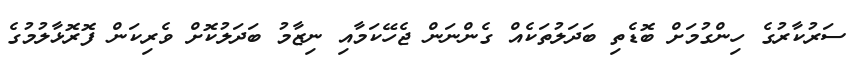
ސަރުކާރުގެ ހިންގުމަށް ބޮޑެތި ބަދަލުތަކެއް ގެންނަން ޖެހޭކަމާއި ނިޒާމު ބަދަލުކޮށް ވެރިކަން ފޮރޮޅާލުމުގެ